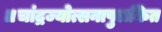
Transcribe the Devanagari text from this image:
॥चांद्रज्योत्सनापुलकित